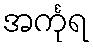
အင်္ကုရ